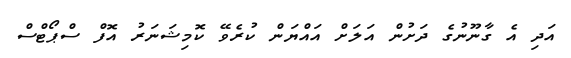
އަދި އެ ގާނޫނުގެ ދަށުން އަލަށް އައްޔަން ކުރެވޭ ކޮމިޝަނަރު އޮފް ސްޕޯޓްސް